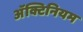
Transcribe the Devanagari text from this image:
अॅक्टिनियम